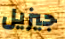
جيزيل